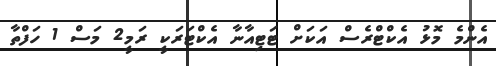
އެންމެ މޮޅު އެކްޓްރެސް އަކަށް ޓަޓިއާނާ އެކްޓަރަކީ ރަމީ2 މަސް 1 ހަފްތާ